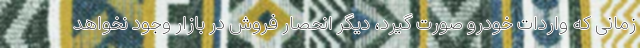
زمانی که واردات خودرو صورت گیرد، دیگر انحصار فروش در بازار وجود نخواهد